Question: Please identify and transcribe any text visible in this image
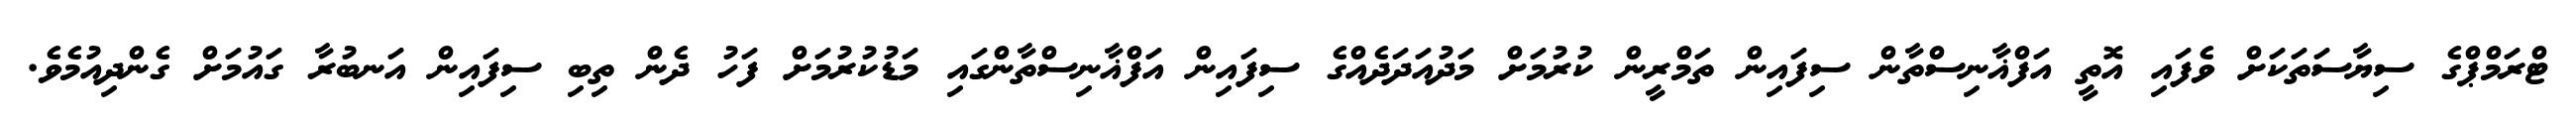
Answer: ޓްރަމްޕްގެ ސިޔާސަތަކަށް ވެފައި އޮތީ އަފްޣާނިސްތާން ސިފައިން ތަމްރީން ކުރުމަށް މަދުއަދަދެއްގެ ސިފައިން އަފްޣާނިސްތާންގައި މަޑުކުރުމަށް ފަހު ދެން ތިބި ސިފައިން އަނބުރާ ގައުމަށް ގެންދިއުމެވެ.